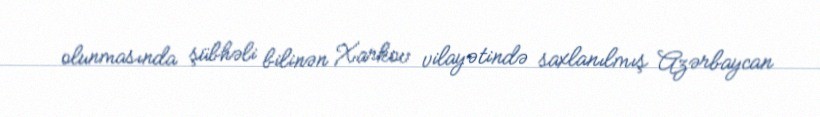
olunmasında şübhəli bilinən Xarkov vilayətində saxlanılmış Azərbaycan